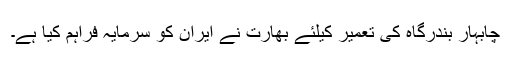
چابہار بندرگاہ کی تعمیر کیلئے بھارت نے ایران کو سرمایہ فراہم کیا ہے۔